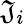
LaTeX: \mathfrak{J}_{i}